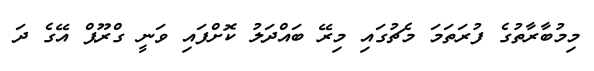
މިމުބާރާތުގެ ފުރަތަމަ މެޗުގައި މިރޭ ބައްދަލު ކޮށްފައި ވަނީ ގްރޫޕް އޭގެ ދަ